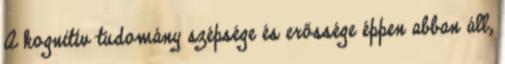
A kognitív tudomány szépsége és erőssége éppen abban áll,